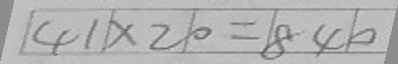
4 1 \times 2 0 = 8 4 0